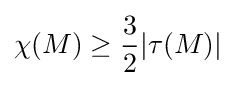
\chi (M)\geq {\frac {3}{2}}|\tau (M)|